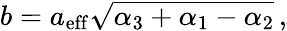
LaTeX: b=a_{\mathrm{eff}}\sqrt{\alpha_{\mathrm{3}}+\alpha_{\mathrm{1}}-\alpha_{\mathrm{2}}}\, ,